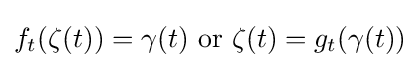
f_{t}(\zeta (t))=\gamma (t){\text{ or }}\zeta (t)=g_{t}(\gamma (t))